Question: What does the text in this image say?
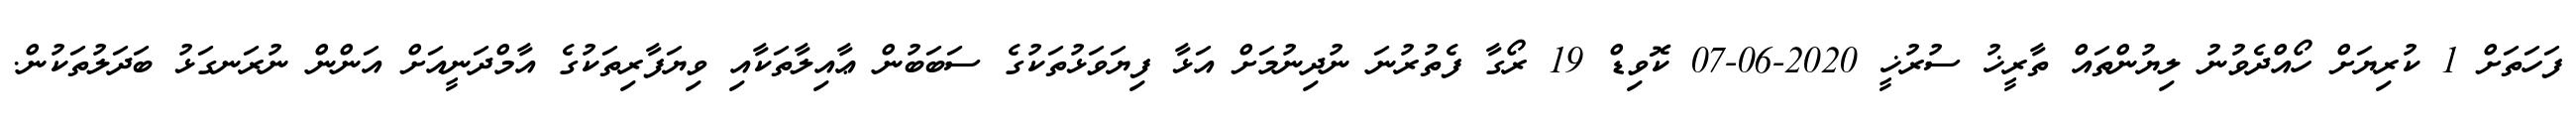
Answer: ފަހަތަށް 1 ކުރިޔަށް ހޯއްދެވުނު ލިޔުންތައް ތާރީޚު ސުރުޚީ 2020-06-07 ކޮވިޑް 19 ރޯގާ ފެތުރުނަ ނުދިނުމަށް އަޅާ ފިޔަވަޅުތަކުގެ ސަބަބުން ޢާއިލާތަކާއި ވިޔަފާރިތަކުގެ އާމްދަނީއަށް އަންން ނުރަނގަޅު ބަދަލުތަކުން.